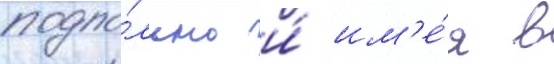
подпо́льно и́ им'е́я в